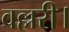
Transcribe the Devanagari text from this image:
वल्लरी।